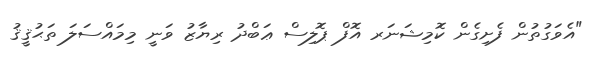
"އެވަގުތުން ފެށިގެން ކޮމިޝަނަރ އޮފް ޕޮލިސް ޢަބްދު ރިޔާޒު ވަނީ މިމައްސަލަ ތަޙުޤީޤު